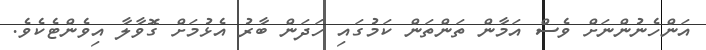
އަންހެނުންނަށް ވެސް އަމާން ތަންތަން ކަމުގައި ހަދަން ބާރު އެޅުމަށް ގޮވާލާ އިވެންޓެކެވެ.